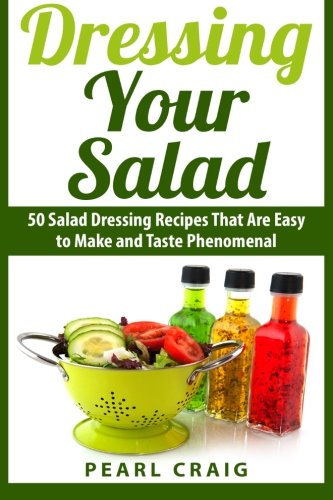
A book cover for Dressing Your Salad: 50 Salad Dressing Recipes That Are Easy to Make and Taste Phenomenal; Pearl Craig; Cookbooks, Food & Wine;